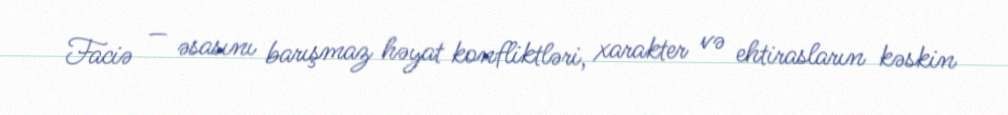
Faciə — əsasını barışmaz həyat konfliktləri, xarakter və ehtirasların kəskin